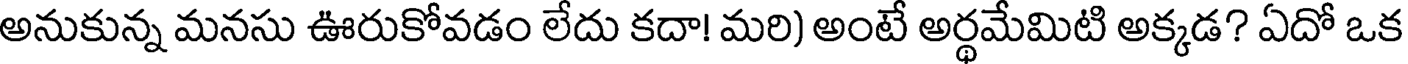
అనుకున్న మనసు ఊరుకోవడం లేదు కదా! మరి) అంటే అర్థమేమిటి అక్కడ? ఏదో ఒక